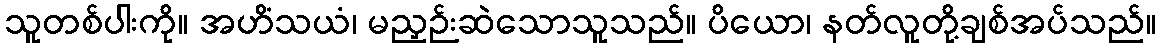
သူတစ်ပါးကို။ အဟိံသယံ၊ မညှဉ်းဆဲသောသူသည်။ ပိယော၊ နတ်လူတို့ချစ်အပ်သည်။